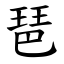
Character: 琶